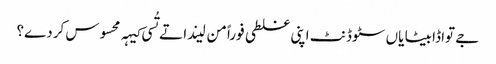
‏ جے تواڈا بیٹا یاں سٹوڈنٹ اپنی غلطی فوراً من لیندا تے تُسی کیہہ محسوس کردے؟